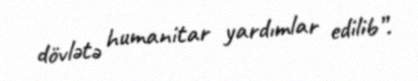
dövlətə humanitar yardımlar edilib”.